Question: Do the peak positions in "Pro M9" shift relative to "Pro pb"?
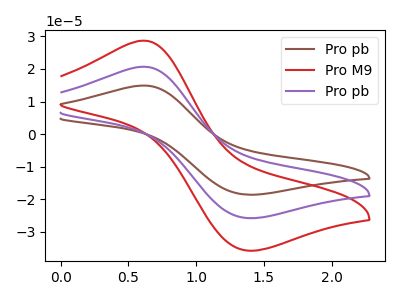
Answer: <think>The brown curve "Pro pb" has an anodic peak at (0.60V, 41.35uA) and a cathodic peak at (1.40V, -51.50uA). The red curve "Pro M9" has an anodic peak at (0.60V, 28.65uA) and a cathodic peak at (1.40V, -35.70uA). The purple curve "Pro pb" has an anodic peak at (0.60V, 20.65uA) and a cathodic peak at (1.40V, -25.75uA).
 All the peaks in "Pro M9" have a peak in "Pro pb" at the same potential. Every peak in "Pro M9" is higher than every peak in "Pro pb".</think>
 <answer>No, "Pro M9" and "Pro pb" don't appear to be significantly different in shape</answer>
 <eval>no_change</eval>